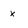
Character: X